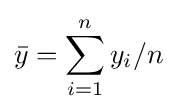
{\bar {y}}=\sum _{i=1}^{n}y_{i}/n